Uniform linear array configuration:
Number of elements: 4
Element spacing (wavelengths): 0.25
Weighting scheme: kaiser
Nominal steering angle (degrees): -45
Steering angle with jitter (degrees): -44.584
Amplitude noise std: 0.05
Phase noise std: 0.05

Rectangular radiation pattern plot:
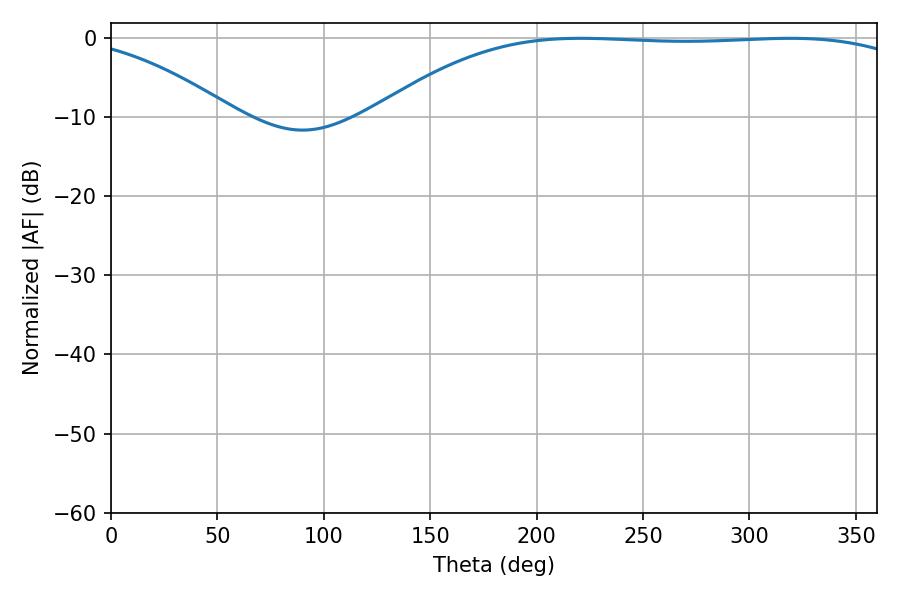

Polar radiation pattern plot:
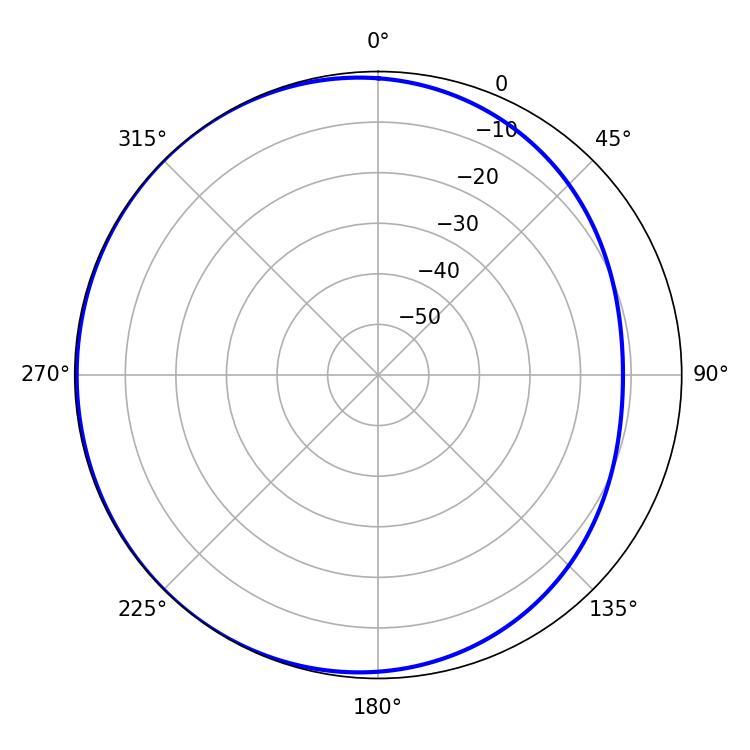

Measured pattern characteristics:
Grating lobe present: FALSE
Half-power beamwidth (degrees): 197.82
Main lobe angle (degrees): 220.68